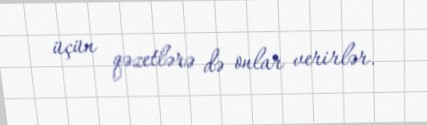
üçün qəzetlərə də onlar verirlər.